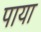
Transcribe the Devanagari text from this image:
पाया